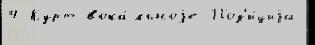
4 Курт вока́льноjе Поз'и́циjа